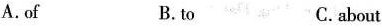
A.of B.to C.about